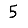
Digit: 5